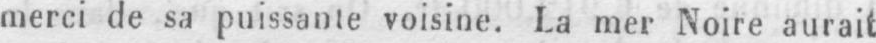
merci de sa puissante voisine. La mer Noire aurait